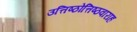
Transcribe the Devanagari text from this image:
उत्तिष्ठोत्तिष्ठवाराह